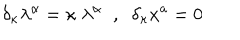
\delta _ { \kappa } \lambda ^ { \alpha } = \kappa \; \lambda ^ { \alpha } \; \; , \; \; \delta _ { \kappa } x ^ { a } = 0